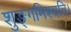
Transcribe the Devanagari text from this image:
शुङ्गमिश्यति।